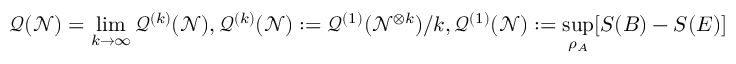
\mathcal { Q } ( \mathcal { N } ) = \operatorname* { l i m } _ { k \to \infty } \mathcal { Q } ^ { ( k ) } ( \mathcal { N } ) , \mathcal { Q } ^ { ( k ) } ( \mathcal { N } ) : = \mathcal { Q } ^ { ( 1 ) } ( \mathcal { N } ^ { \otimes k } ) / k , \mathcal { Q } ^ { ( 1 ) } ( \mathcal { N } ) : = \operatorname* { s u p } _ { \rho _ { A } } [ S ( B ) - S ( E ) ]